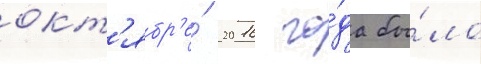
окт'ябр'е́ 2016 го́да бы́ло